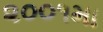
૨૦૦૧મા